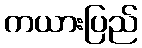
ကယားပြည်